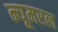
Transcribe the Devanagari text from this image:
न्यूमरल